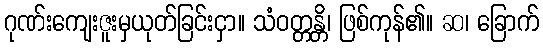
ဂုဏ်းကျေးဇူးမှယုတ်ခြင်းငှာ။ သံဝတ္တန္တိ၊ ဖြစ်ကုန်၏။ ဆ၊ ခြောက်